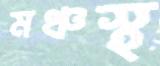
মঞ্চস্থ